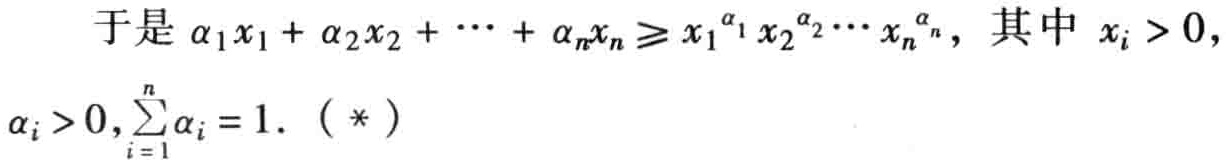
于是 \(\alpha_1x_1 + \alpha_2x_2 + \cdots + \alpha_nx_n \geq x_1^{\alpha_1}x_2^{\alpha_2}\cdots x_n^{\alpha_n}\)，其中 \(x_i > 0\)，\(\alpha_i > 0, \sum_{i = 1}^{n}\alpha_i = 1\). （*）